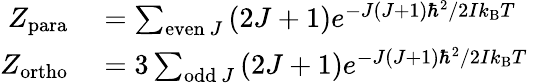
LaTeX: \begin{array}{rl}{Z_{\mathrm{para}}}&{{}=\sum_{{\mathrm{even~}}J}{(2J+1)e^{{-J(J+1)\hbar^{2}}/{2Ik_{\mathrm{B}}T}\; }}}\\ {Z_{\mathrm{ortho}}}&{{}=3\sum_{{\mathrm{odd~}}J}{(2J+1)e^{{-J(J+1)\hbar^{2}}/{2Ik_{\mathrm{B}}T}\; }}}\end{array}